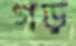
গড়